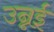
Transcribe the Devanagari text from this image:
उन्नई